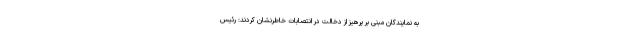
به نمایندگان مبنی بر پرهیز از دخالت در انتصابات خاطرنشان کردند: رئیس